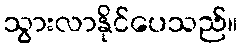
သွားလာနိုင်ပေသည်။